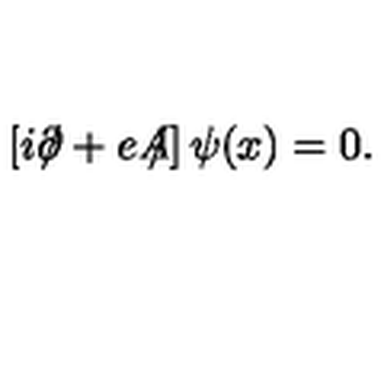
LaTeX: \left[ i \partial \! \! \! / + e A \! \! \! / \right] \psi ( x ) = 0 .